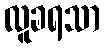
လူခရသာ